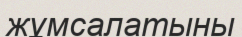
жұмсалатыны